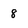
Character: 8